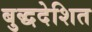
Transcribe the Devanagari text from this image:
बुद्धदेशित